Investigations into the jail dietaries of the United Provinces with some observations on the influence of dietary on the physical development and well-being of the people of the United Provinces - Number 48
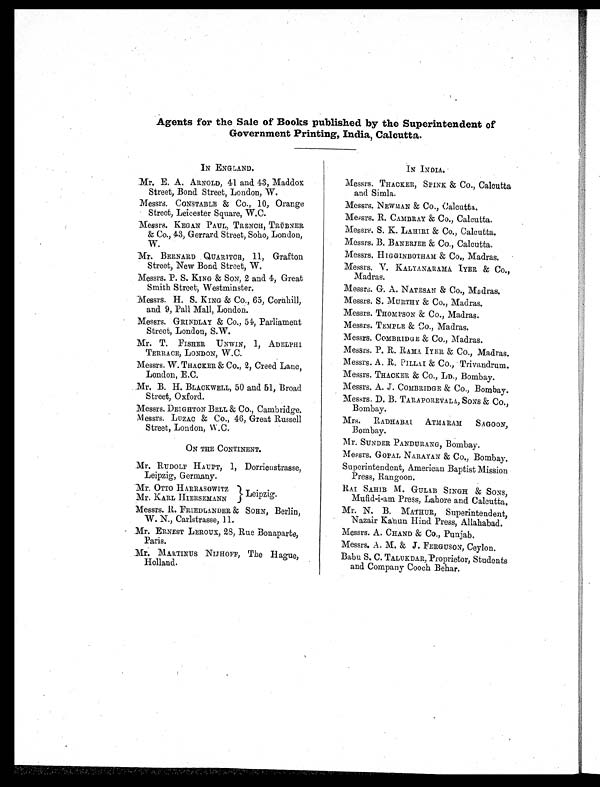
Agents for the Sale of Books published by the Superintendent of
Government Printing, India, Calcutta.
IN ENGLAND.
.Mr. E. A. ARNOLD, 41 and. 43, Maddox
Street, Bond Street, London, W.
Messrs. CONSTABLE & Co., 10, Orange
Street, Leicester Square, W.C.
Messrs. KEGAN PAUL, TRENCH, TRÜBNER
& Co., 43, Gerrard Street, Soho, London,
W.
Mr. BERNARD QUARITCH, 11, Grafton
Street, New Bond Street, W.
Messrs. P. S. KING & SON, 2 and 4, Great
Smith Street, Westminster.
Messrs. H. S. KING & Co., 65, Cornhill,
and 9, Pall Mall, London.
Messrs. GRINDLA.Y & Co., 54, Parliament
Street, London, S.W.
Mr. T. FISHER UNWIN, 1, ADELPHI
TERRACE, LONDON, W. C.
Messrs. W. THACKER & Co., 2, Creed Lane,
London, E.C.
Mr. B. H. BLACKWELL, 50 and 51, Broad
Street, Oxford.
Messrs. DEIGHTON BELL & CO., Cambridge.
Messrs. LUZAC & Co., 46, Great Russell
Street, London, W .C.
ON THE CONTINENT.
Mr. RUDOLF HAUPT, 1, Dorrieustrasse,
Leipzig, Germany.
Mr. OTTO HARRASOWITZ
Leipzig.
Mr. KARL HIERSEMANN
Messrs. R. FRIEDLANDER & SOHN, Berlin,
W. N., Carlstrasse,
Mr. ERNEST LEROUX, 28, Rue Bonaparte,
Paris.
Mr. MARTINUS NIJHOFF, The Hague,
Holland.
IN INDIA.
Messrs. THACKER, SPINK & CO., Calcutta
and Simla.
Messrs. NEWMAN & Co., Calcutta.
Messrs. R. CAMBRAY & Co., Calcutta.
Messrs. S. K. LAHIRI & Co., Calcutta.
Messrs. B. BANERJEE & Co., Calcutta.
Messrs. HIGGINBOTHAM & Co., Madras.
Messrs. V. KALYANARAMA. IYER & Co.,
Madras.
Messrs. G. A. NATESAN & Co., Madras.
Messrs. S. MURTHY & Co., Madras.
Messrs. THOMPSON & Co., Madras.
Messrs. TEMPLE & Co., Madras.
Messrs. COMBRIDGE & Co., Madras.
Messrs. P. R. RAMA IYER & Co., Madras.
Messrs. A. R. PILLAI & Co., Trivandrum.
Messrs. THACKER & Co., LD., Bombay.
Messrs. A. J. COMBRIDGE & Co., Bombay.
Messrs. D. B . TARAPOREVALA, SONS & Co.,
Bombay.
Mrs. RADHABAI ATMARAM SAGOON,
Bombay.
Mr. SUNDER PANDURANG, Bombay.
Messrs. GOPAL NARAYAN & CO., Bombay.
Superintendent, American Baptist Mission
Press, Rangoon.
RAI SAHIB M. GULAB SINGH & SONS,
Mufid-i-am Press, Lahore and Calcutta.
Mr. N. B. MATHUR, Superintendent,
Nazair Kanun Hind Press, Allahabad.
Messrs. A. CHAND & Co., Punjab.
Messrs. A. M. & J. FERGUSON, Ceylon.
Babu S. C. TALUKDAR, Proprietor, Students
and Company Cooch Behar.